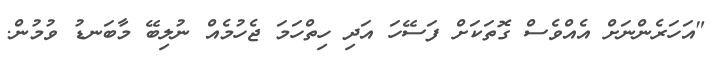
"އަހަރެންނަށް އެއްވެސް ގޮތަކަށް ފަސޭހަ އަދި ހިތްހަމަ ޖެހުމެއް ނުލިބޭ މާބަނޑު ވުމުން.